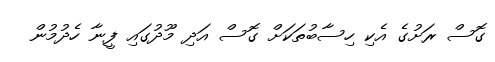
ގޮސް ރަށުގެ އެކި ހިސާބުތަކަށް ގޮސް އަދި މޫދުގައި ފީނާ ހެދުމުން